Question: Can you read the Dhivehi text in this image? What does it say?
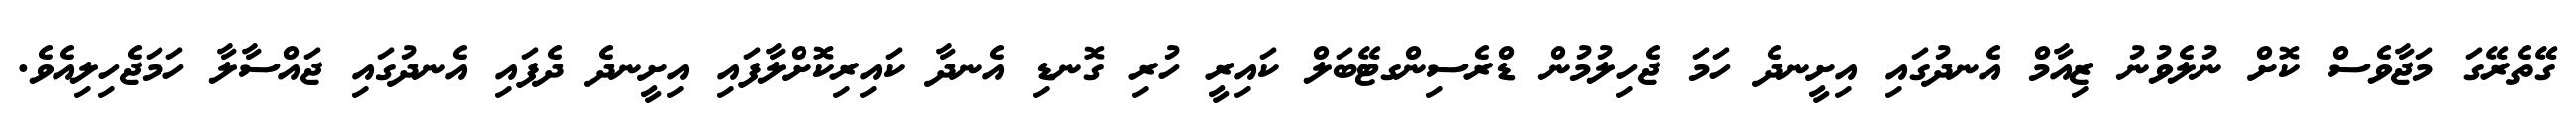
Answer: ގޭތެރޭގަ މަޖާވެސް ކޮށް ނުލެވުނު ޒިއާމް އެނދުގައި އިށީނދެ ހަމަ ޖެހިލުމުން ޑްރެސިންގޓޭބަލް ކައިރީ ހުރި ގޮނޑި އެނދާ ކައިރިކޮށްލާފައި އިށީނދެ ދެފައި އެނދުގައި ޖައްސާލާ ހަމަޖެހިލިއެވެ.